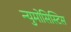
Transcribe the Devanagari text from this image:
न्युमोसिस्टिस